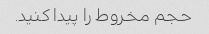
حجم مخروط را پیدا کنید.